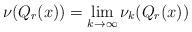
LaTeX: \begin{align*}\nu(Q_r(x))=\lim_{k\rightarrow \infty} \nu_k (Q_r(x))\end{align*}